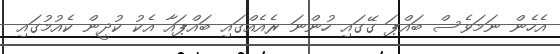
އެހެން ނަމަވެސް ބައްޕަ ގޭގައި ހުންނަ ރެއެއްގައި ބައްޕައާ އެކު ކުދީން ކެއުމުގައި